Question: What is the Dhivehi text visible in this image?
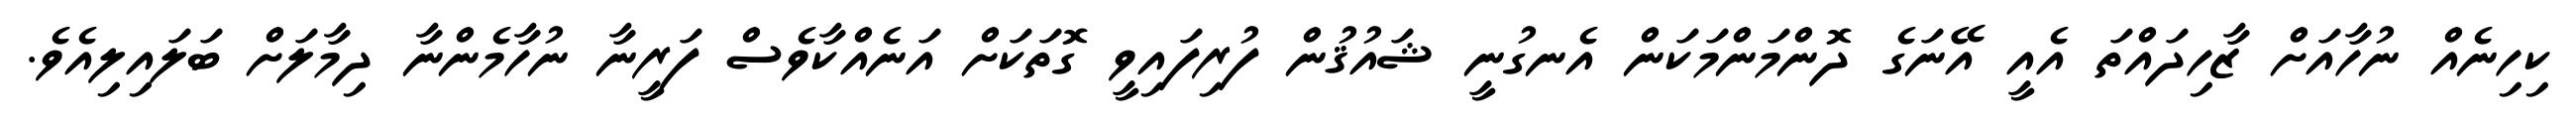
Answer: ކިހިނެއް ނުހާއަށް ޒާހިދައްތަ އެއީ އޭނަގެ ދޮންމަންމަކަން އެނގުނީ ޝައުޤުން ފުރިފައިވީ ގޮތަކަށް އަނެއްކާވެސް ފަރީނާ ނުހާމެންނާ ދިމާލަށް ބަލައިލިއެވެ.